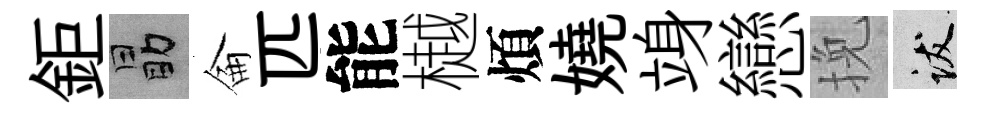
鉅勗侖匹能樾煩嬈竧戀挽跋